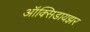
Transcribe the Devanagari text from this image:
ऑक्‍सिडायझर